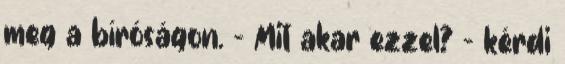
meg a bíróságon. - Mit akar ezzel? - kérdi